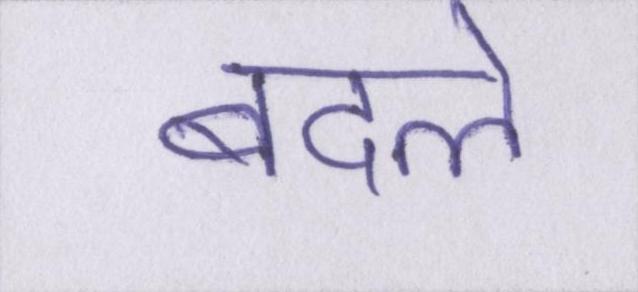
बदले